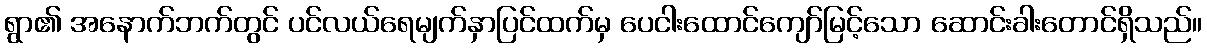
ရွာ၏ အနောက်ဘက်တွင် ပင်လယ်ရေမျက်နှာပြင်ထက်မှ ပေငါးထောင်ကျော်မြင့်သော ဆောင်းခါးတောင်ရှိသည်။